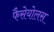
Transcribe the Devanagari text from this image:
फैसेयोलस